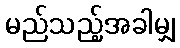
မည်သည့်အခါမျှ